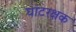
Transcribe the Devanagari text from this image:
घाटरक्षक